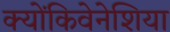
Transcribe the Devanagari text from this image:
क्योंकिवेनेशिया